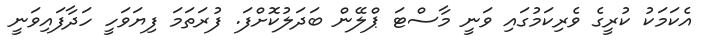
އެކަމަކު ކުރީގެ ވެރިކަމުގައި ވަނީ މާސްޓަ ޕްލޭން ބަދަލުކޮށްފަ. ފުރަތަމަ ފިޔަވަހީ ހަދާފައިވަނީ